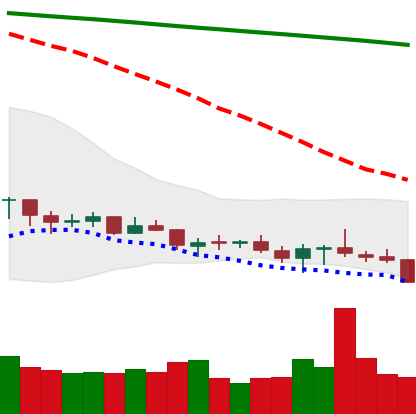
Ticker: XLM-USD
Chart end date: 2021-07-19
Forward return: 26.552%
Label: up_7plus